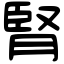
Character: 腎